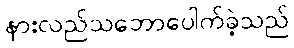
နားလည်သဘောပေါက်ခဲ့သည်